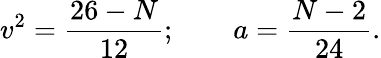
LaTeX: v^{2}=\frac{26-N}{12};\qquad a=\frac{N-2}{24}.